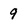
Character: 9